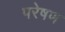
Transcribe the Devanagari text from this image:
परेषण